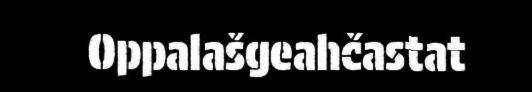
Oppalašgeahčastat